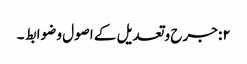
۲: جرح وتعدیل کے اصول و ضوابط ۔